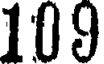
109